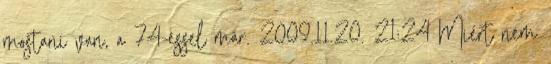
mostani van, a 74-essel már. 2009.11.20. 21:24 Miért nem